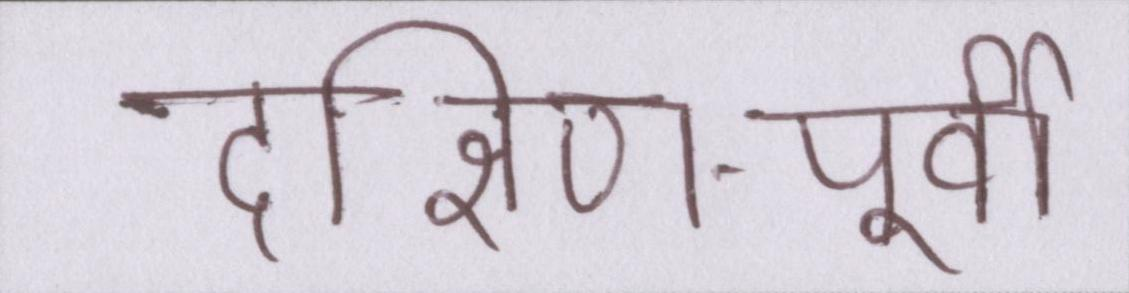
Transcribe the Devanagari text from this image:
दक्षिण-पूर्वी